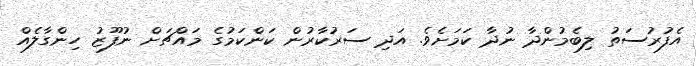
އެފުރުސަތު ލިބެމުންދާ ނުދާ ކަމަށެވެ. އަދި ސަރުކާރުން ކަންކަމުގެ މައްޗަށް ނުފޫޒު ހިންގާލެއް